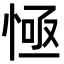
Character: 㥛